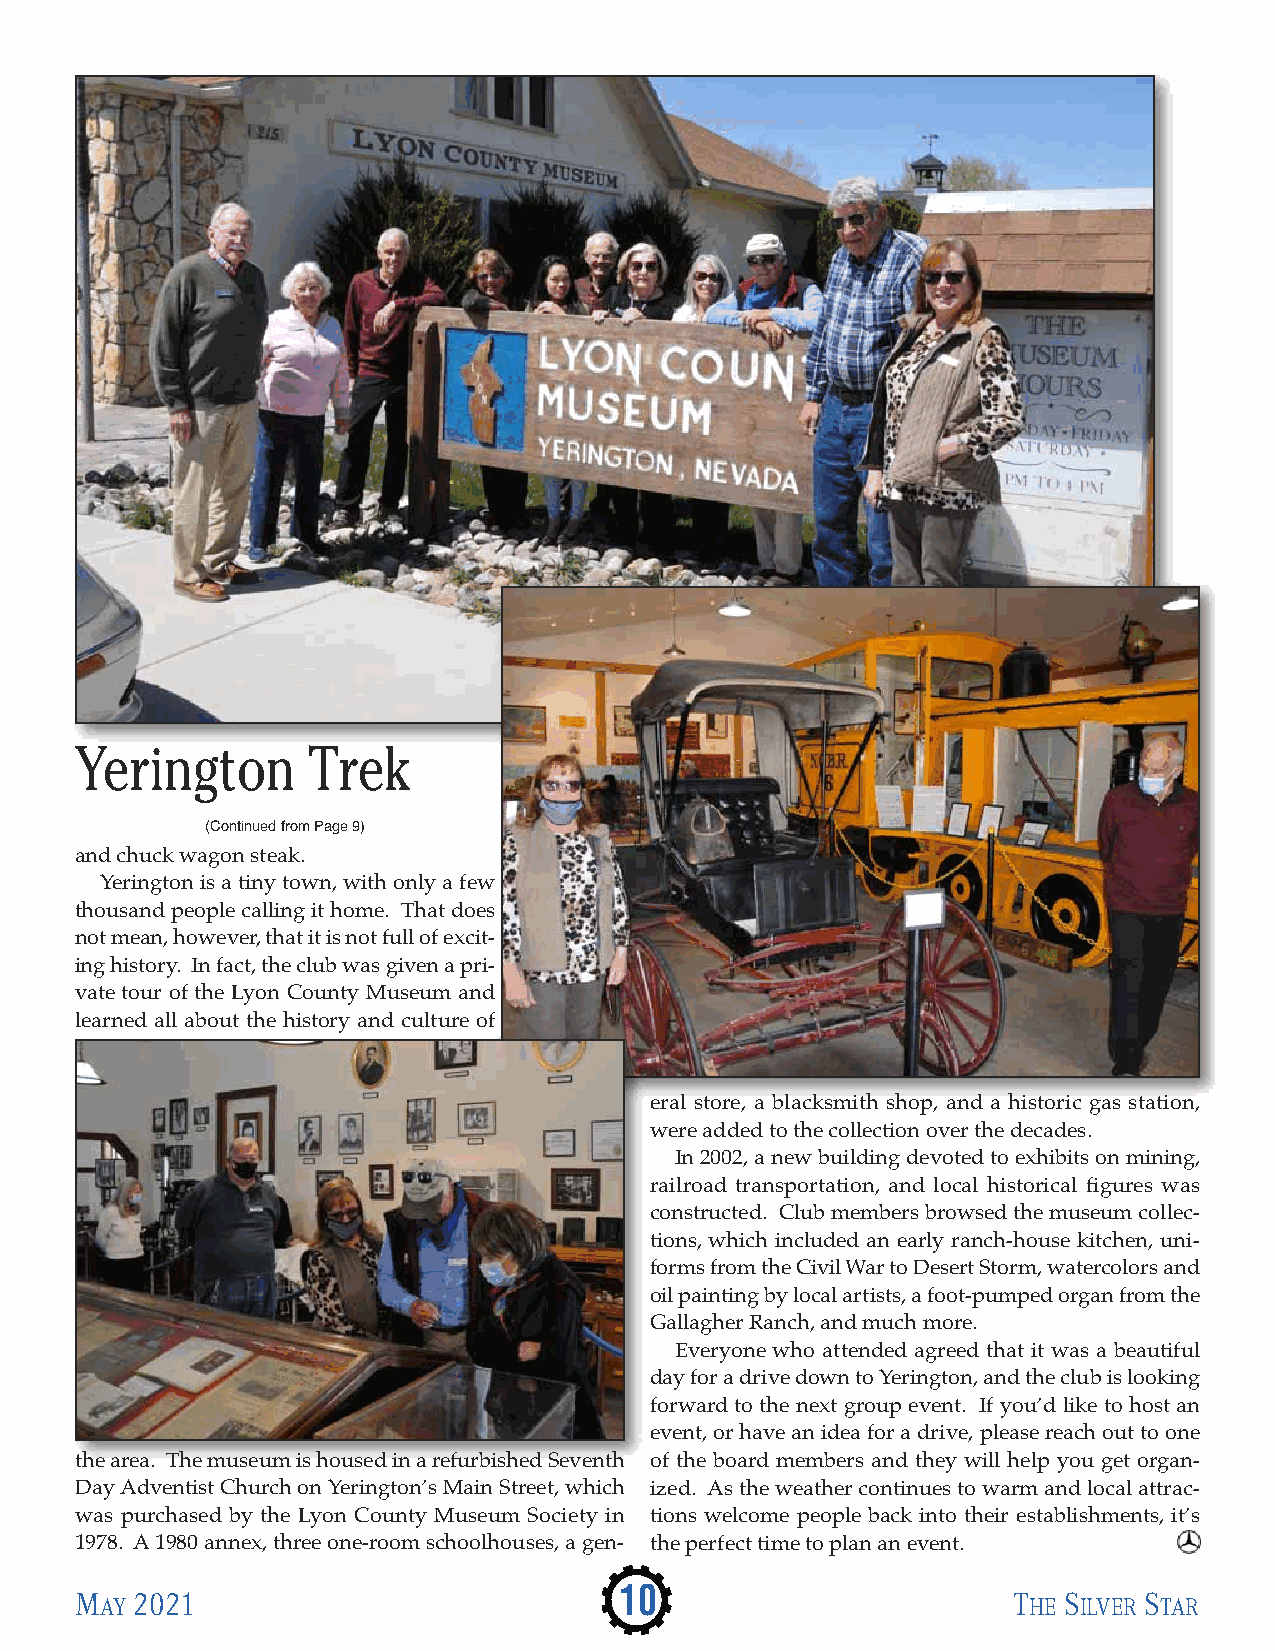
Yerington      Trek
 (Continued from Page 9)
 and chuck wagon steak.
 Yerington is a tiny town, with only a few
 thousand people calling it home. That does
 not mean, however, that it is not full of excit-
 ing history. In fact, the club was given a pri-
 vate tour of the Lyon County Museum and
 learned all about the history and culture of
 eral store, a blacksmith shop, and a historic gas station,
 were added to the collection over the decades.
 In 2002, a new building devoted to exhibits on mining,
 railroad transportation, and local historical figures was
 constructed. Club members browsed the museum collec-
 tions, which included an early ranch-house kitchen, uni-
 forms from the Civil War to Desert Storm, watercolors and
 oil painting by local artists, a foot-pumped organ from the
 Gallagher Ranch, and much more.
 Everyone who attended agreed that it was a beautiful
 day for a drive down to Yerington, and the club is looking
 forward to the next group event. If you’d like to host an
 event, or have an idea for a drive, please reach out to one
 the area. The museum is housed in a refurbished Seventh of the board members and they will help you get organ-
 Day Adventist Church on Yerington’s Main Street, which ized. As the weather continues to warm and local attrac-
 was purchased by the Lyon County Museum Society in tions welcome people back into their establishments, it’s
 1978. A 1980 annex, three one-room schoolhouses, a gen- the perfect time to plan an event.
 M   2021                            10                        T  S     S
 AY                                                           HE ILVER TAR